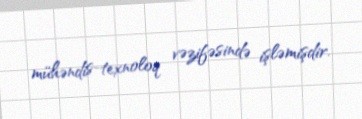
mühəndis-texnoloq vəzifəsində işləmişdir.